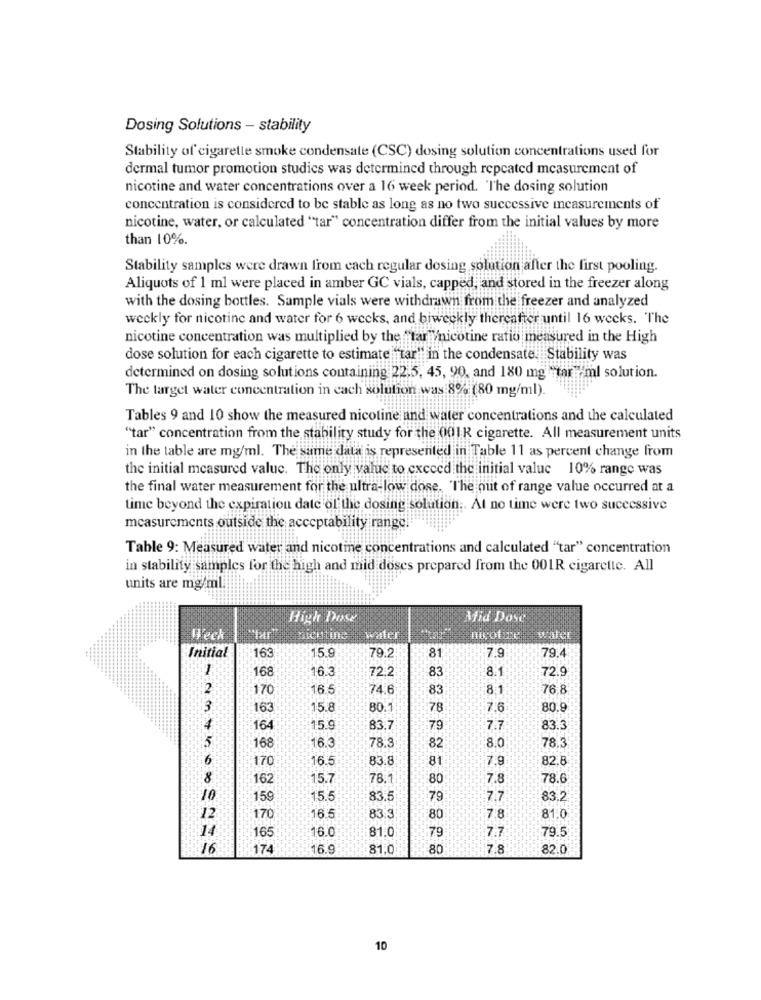
Dosing Solutions - stability
Stability of cigarette smoke condensate (CSC) dosing solution concentrations used for
dermal tumor promotion studies was determined through repeated measurement of
nicotine and water concentrations over a 16 week period. The dosing solution
concentration is considered to be stable as long as no two successive measurements of
nicotine, water, or calculated "tar" concentration differ from the initial values by more
than 10%.
Stability samples were drawn from each regular dosing solution after the first pooling.
Aliquots of 1 ml were placed in amber GC vials, capped, and stored in the freezer along
with the dosing bottles. Sample vials were withdrawn from the freezer and analyzed
weekly for nicotine and water for 6 weeks, and biweekly thereafter until 16 weeks. The
nicotine concentration was multiplied by the "tar "nicotine ratio measured in the High
dose solution for each cigarette to estimate "tar" in the condensate. Stability was
determined on dosing solutions containing 22.5, 45, 90, and 180 mg "tar "ml solution.
The target water concentration in cach solution was 8% (80 mg/ml).
Tables 9 and 10 show the measured nicotine and water concentrations and the calculated
"tar" concentration from the stability study for the 001R cigarette. All measurement units
in the table are mg/ml. The same data is represented in Table 11 as percent change from
the initial measured value. The only value to exceed the initial value 10% range was
the final water measurement for the ultra-low dose. The out of range value occurred at a
time beyond the expiration date of the dosing solution .. At no time were two successive
measurements outside the acceptability range!
Table 9: Measured water and nicotine concentrations and calculated "tar" concentration
in stability samples for the high and mid doses prepared from the 001R cigarette. All
units are mg/ml.
High Dose
Mid Dose
Weck
sentine
15.9
7.9
79.
Initial
163
79.2
81
168
16.3
72 2
83
72.9
2
170
74.6
83
76.8
:3
163
15.8
80.1
78
7.6
80.
164
15.º
83.7
79
83.
168
16.3
78.9
8.0
78.
82
170
16.5
83.8
81
7.9
82.8
8
162
15.7
78.1
80
7.8
78.6
10
159
15.5
83,5
79
7.7
83.2
16.5
12
170
83.3
80
7.8
81.0
14
165
16.0
81.0
79
7.7
79.5
16
174
16.9
81.0
80
7.8
82.0
10